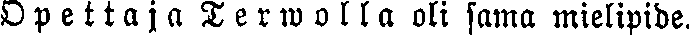
Opettaja Termolla oli sama mielipide.